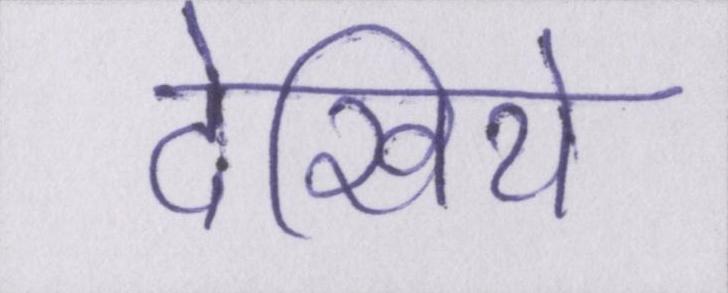
देखिये